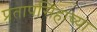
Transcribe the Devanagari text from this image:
प्रतापसिंहाच्या